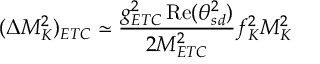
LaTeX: ( \Delta M _ { K } ^ { 2 } ) _ { E T C } \simeq { \frac { g _ { E T C } ^ { 2 } \, \mathrm { R e } ( \theta _ { s d } ^ { 2 } ) } { 2 M _ { E T C } ^ { 2 } } } f _ { K } ^ { 2 } M _ { K } ^ { 2 }